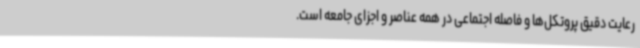
رعایت دقیق پروتکل‌ها و فاصله اجتماعی در همه عناصر و اجزای جامعه است.